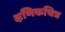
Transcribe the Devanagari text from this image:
क्षणिकचित्र